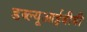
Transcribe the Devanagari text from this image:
डब्ल्यूआईबीबी